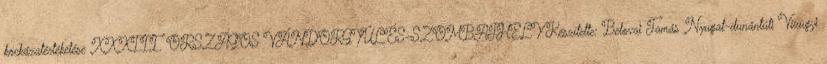
kockázatértékelése XXXIII. ORSZÁGOS VÁNDORGYŰLÉS-SZOMBATHELY Készítette: Belovai Tamás Nyugat-dunántúli Vízügyi